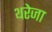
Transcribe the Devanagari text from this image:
थरेजा